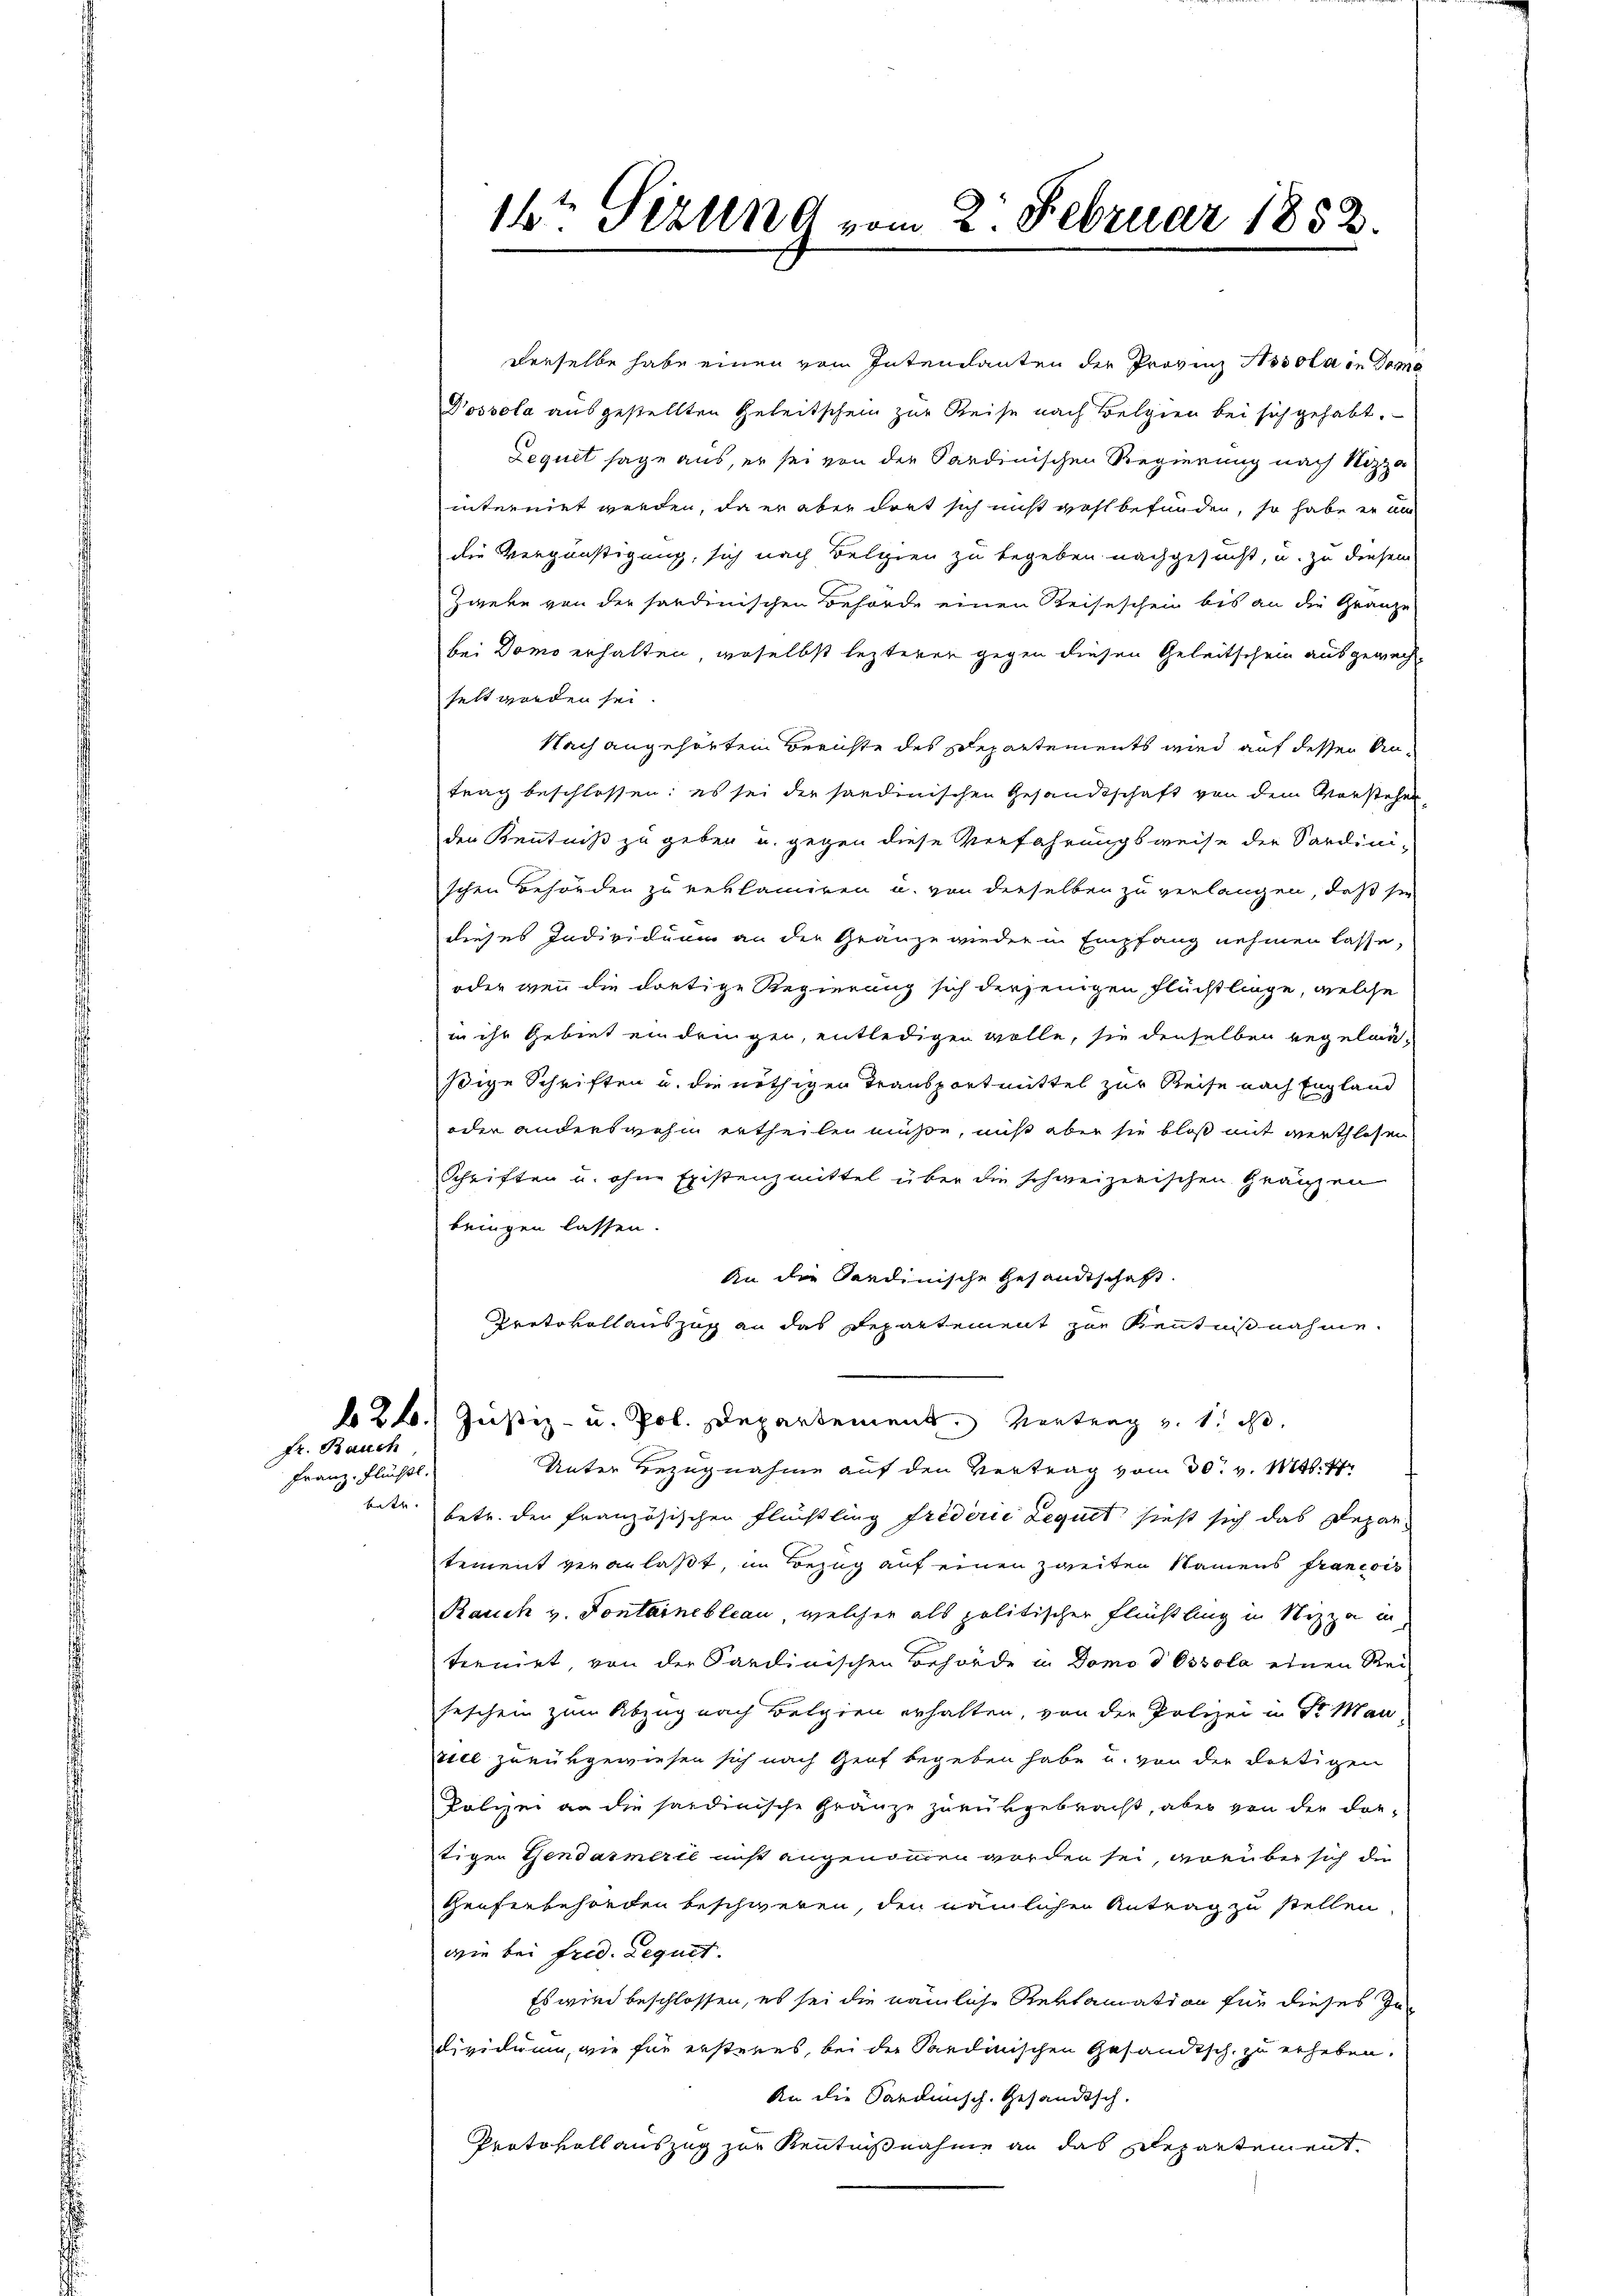
fr. Bauch
Franz, Flüchtl.

derselbe habe einen vom Intendanten der Provinz Hosola in Doma
Dossola ausgestellten Geleitschein zur Reise nach Belgien bei sich gehabt.
Lequet sage aus, er sei von der Sardinischen Regierung nach Nizza
interniet werden, da er aber dort sich nicht wohl befunden, so habe er an
die Vergünstigung, sich nach Belgien zu begeben nachgesucht, u. zu diesem
Zweke von der sordinischen Behörde einen Reiseschen bis an die Gränze
bei Domo erhalten, woselbst lezterer gegen diesen Geleitschein ausgewechselt worden sei.
Nach angehörtem Berichte des Departements wird auf dessen Antrag beschlossen: es sei der sandenischen Gesandtschaft von dem Vorstehen,
den Kenntniß zu geben u. gegen diese Verfahrungsweise der Sardini-
schen Behörden zu reklamiren u. von derselben zu verlangen, daß sie
dieses Individuum an der Granze wieder in Empfang nehmen lasse,
oder wenn die dortige Regierung sich derjenigen Flüchtlinge, welche
in ihr Gebiet eindringen, entledigen wolle, sie denselben regelmä-
ßige Schriften u. die nöthigen Transportmittel zur Reise nach England
oder anderswohin ertheilen müße, miß aber sie bloß mit verthlosen
Schriften u. ohne Existenzmittel über die schweizerischen Gränzen
bringen lassen.
An die Sardinische Gesandtschaft.
Protokollauszug an das Departement zur Kenntnißnahme.
626. Justiz- u. Pol. Departement. Vortrag v. 1. c.
Unter Bezugnahme auf den Vertrag vom 30. v. Mts. 41
betr. betr. den französischen Flüchtling friderie Lequet sieht sich das Departement veranlaßt, im Bezug auf einen zweiten Namens francois
Rauch und Pontainebleau, welcher als politischer Flüchtling in Nizza in
tenirt, von der Sardinischen Behörde u. Domo d Ossola einen Rei-
seschein zum Abzug nach Belgien erhalten, von der Polizei in Dr Man-
viel zurükgewiesen sich nach Genf begeben habe und von der dortigen
Polizei an die sardinische Gränze zurükgebracht, aber von der dortigen Gendarmerie nicht angenommen worden sei, worüber sich die
Heuferbehörden beschweren, den nämlichen Antrag zu stellen
wie bei frid. Lequit.
Es wird beschlossen, es sei die nämliche Reklamation für dieses Ze
dividum, wie für ersteres, bei der Sandinischen Gesandtsch. zu erheben.
An die Sardunsch. Gesandtsch-
Protokoll auszug zur Kenntnißnahme an das schepartement,

16ten Sizung vom 2. Februar 1852.